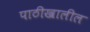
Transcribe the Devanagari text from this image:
पाठीखालील